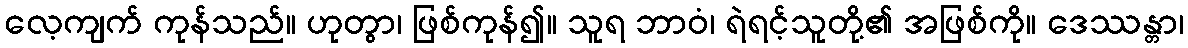
လေ့ကျက် ကုန်သည်။ ဟုတွာ၊ ဖြစ်ကုန်၍။ သူရ ဘာဝံ၊ ရဲရင့်သူတို့၏ အဖြစ်ကို။ ဒေဿန္တာ၊